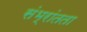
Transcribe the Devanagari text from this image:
संभ्रांतता